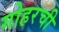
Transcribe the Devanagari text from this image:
गोहरची